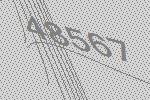
48567